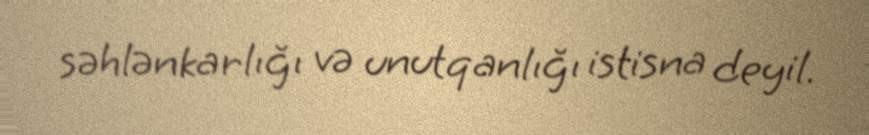
səhlənkarlığı və unutqanlığı istisna deyil.